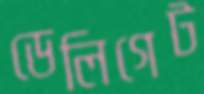
ডেলিগেট